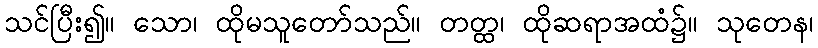
သင်ပြီး၍။ သော၊ ထိုမသူတော်သည်။ တတ္ထ၊ ထိုဆရာအထံ၌။ သုတေန၊